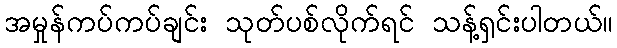
အမှုန်ကပ်ကပ်ချင်း သုတ်ပစ်လိုက်ရင် သန့်ရှင်းပါတယ်။